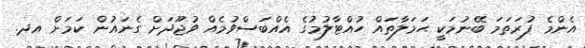
އެންމެ ފުރަތަމަ ބޭނުމަކީ ޙަމަލާތައް ހުއްޓާލުމުގެ އެއްބަސްވުމެއް ވުޖޫދަށް ގެނައުން ކަމަށް އދ.